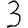
Digit: 3